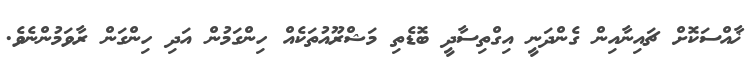
ޚާއްސަކޮށް ޗައިނާއިން ގެންދަނީ އިގްތިސާދީ ބޮޑެތި މަޝްރޫއުތަކެއް ހިންގަމުން އަދި ހިންގަން ރާވަމުންނެވެ.